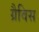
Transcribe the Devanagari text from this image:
ग्रैविस